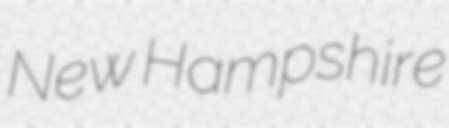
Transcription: New Hampshire